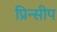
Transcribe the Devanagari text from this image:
प्रिन्सीप